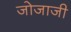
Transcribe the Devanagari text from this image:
जोजाजी